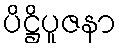
ပိဋ္ဌိပူဇနာ